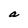
Character: a